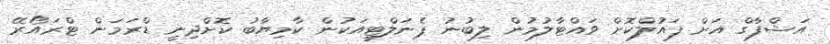
އަޝްފާގް އަށް ފައުލްކޮށް ވައްޓާލުމުން ލިބުނު ޕެނަލްޓީއަކުން ކާމިޔާބު ކޮށްދިނީ ޑްރަމަން ޓްރައޯރޭ